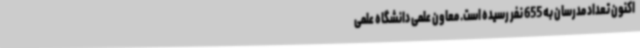
اکنون تعداد مدرسان به 655 نفر رسیده است. معاون علمی دانشگاه علمی‌